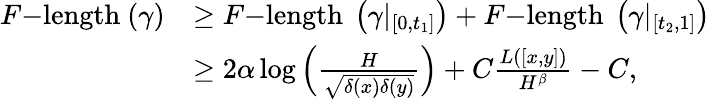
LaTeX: \begin{array}{rl}{F\mathrm{-length~}(\gamma)}&{\geq F\mathrm{-length~}\left(\gamma|_{\left[0,t_{1}\right]}\right)+F\mathrm{-length~}\left(\gamma|_{\left[t_{2},1\right]}\right)}\\ &{\geq 2\alpha\log\left(\frac{H}{\sqrt{\delta(x)\delta(y)}}\right)+C\frac{L([x,y])}{H^{\beta}}-C,}\end{array}